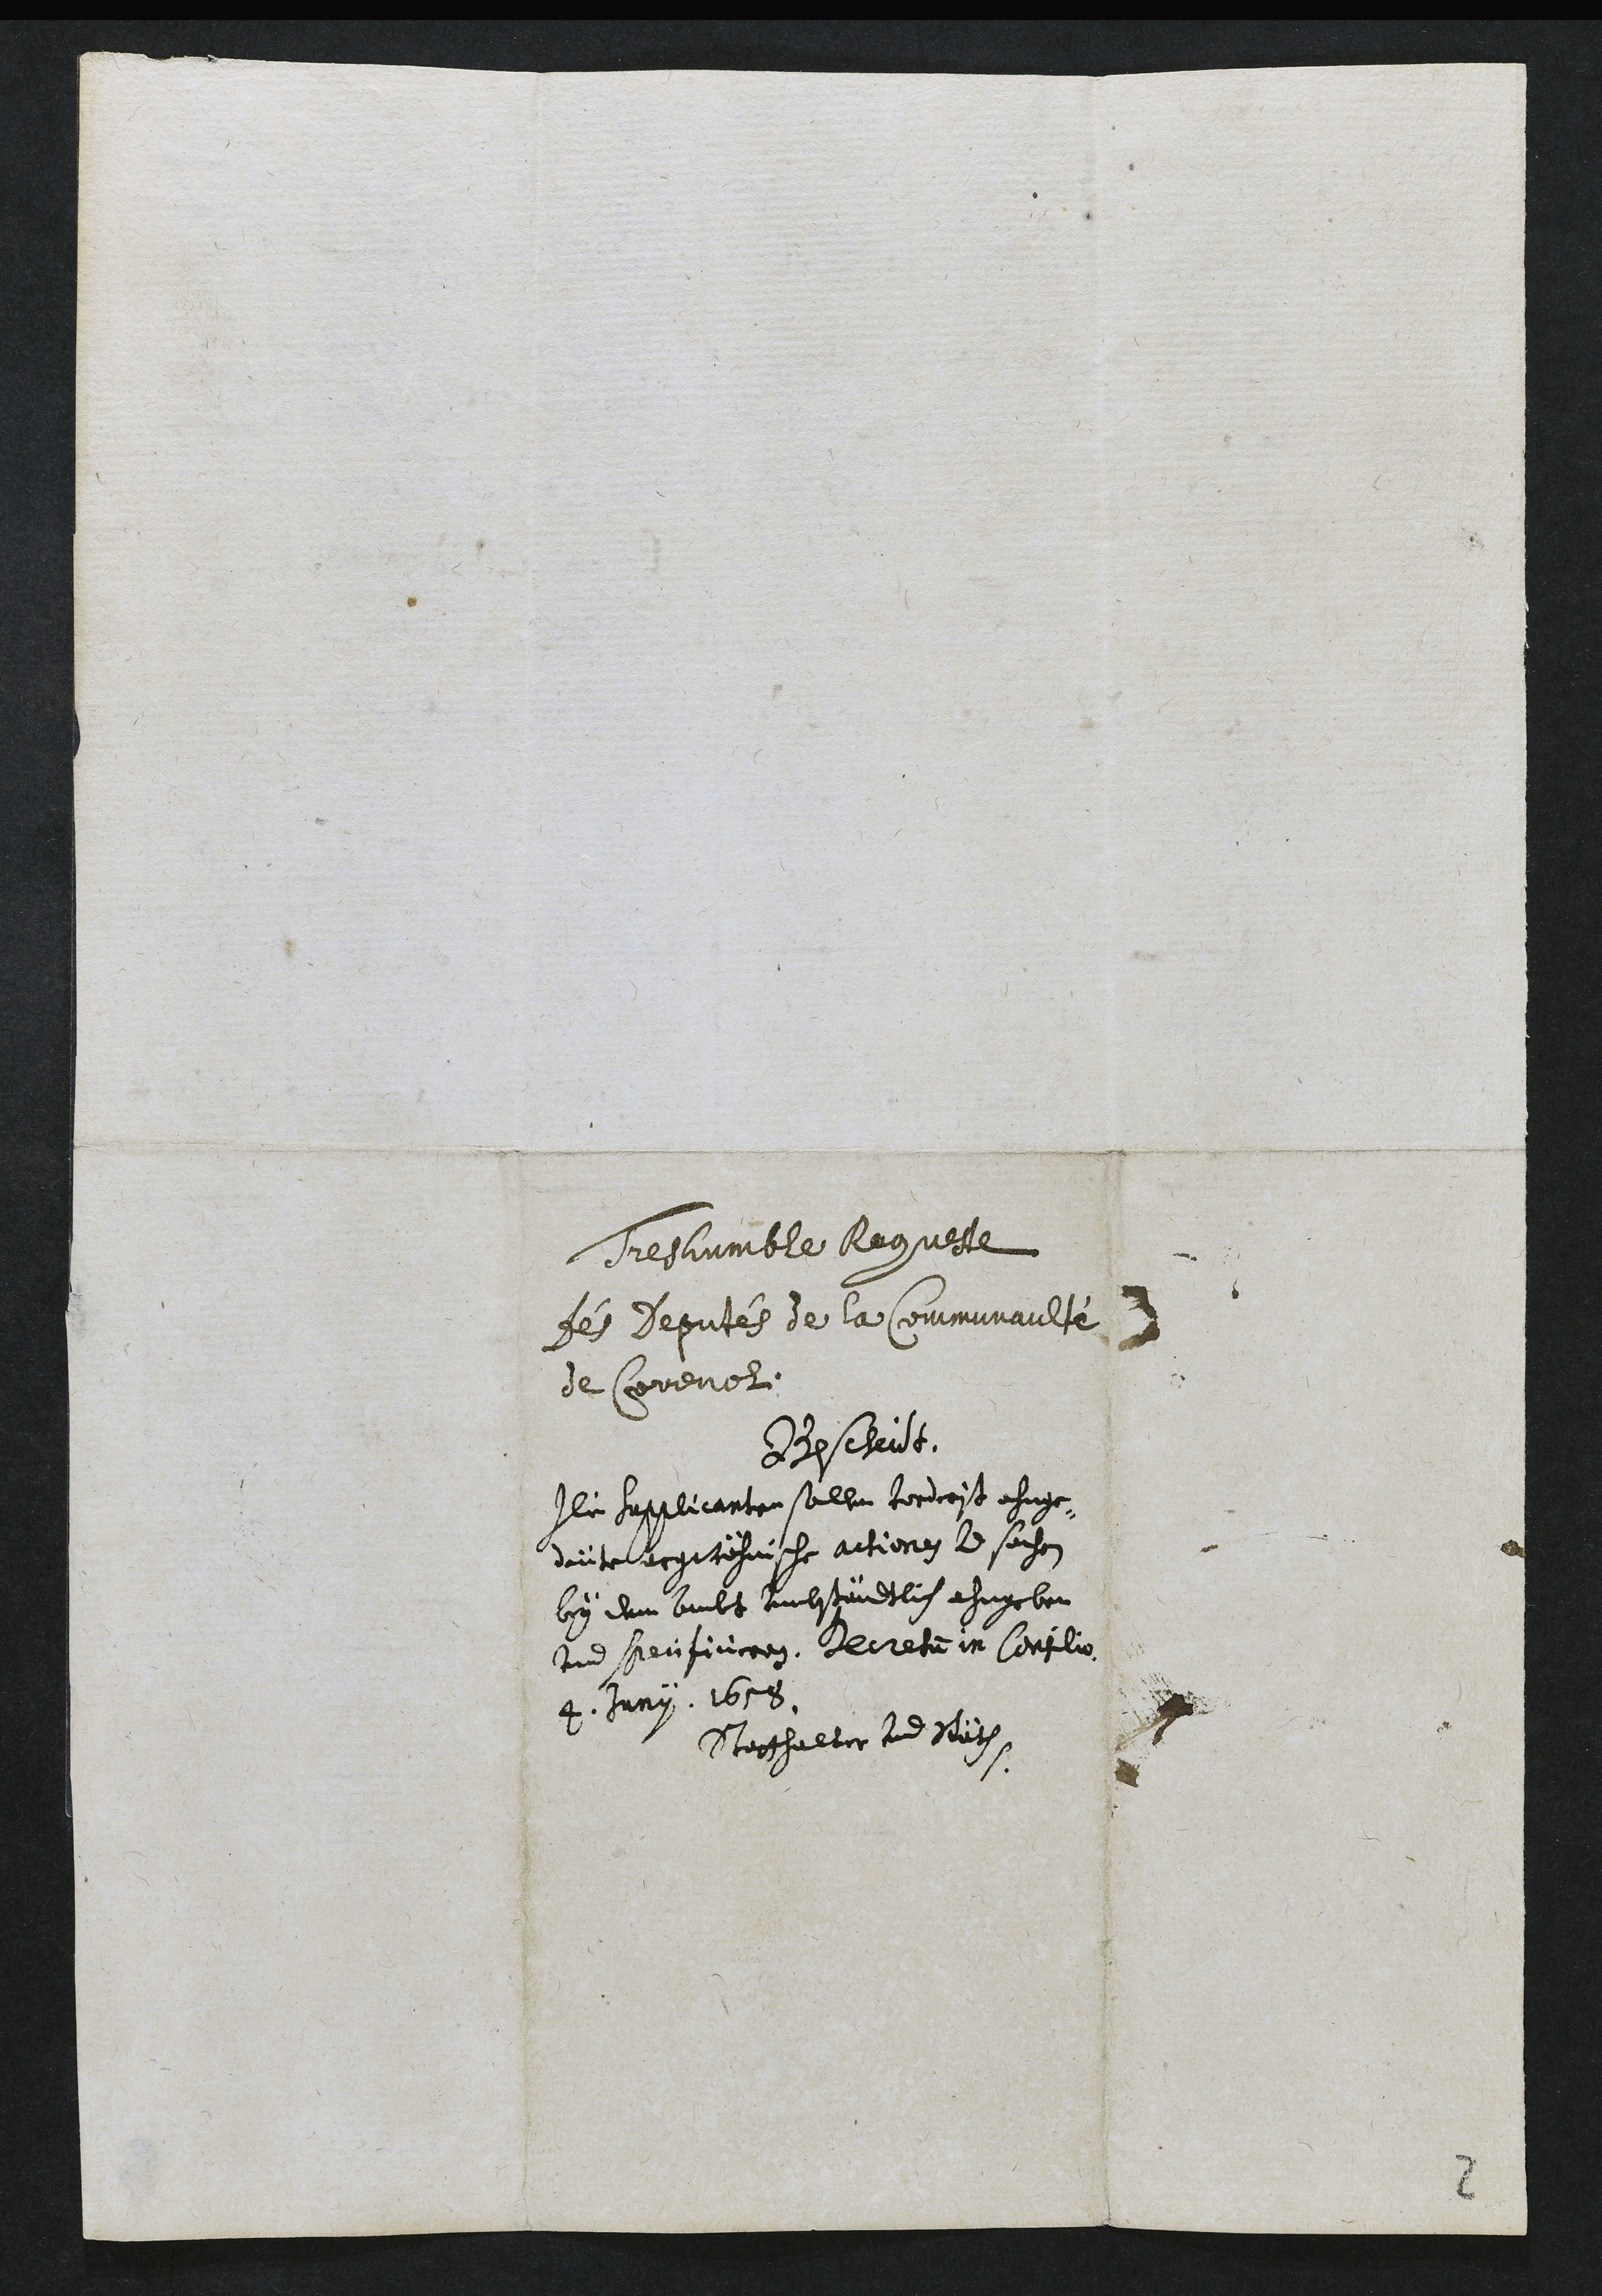
Treshumble Requette
des deputés de la communaulté
de Corenol.
Boscheut.
la sapplicante selle tordcoit ehage
diuteergetehusse actiong le sechon
by dam bault aulstandelin ahu bon
nd henfinron, Leretein Corflio
Juny. 1658.
Techhaltir lud Miche
2